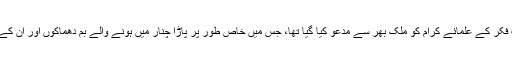
اس اجلاس میں تمام مکاتبِ فکر کے علمائے کرام کو ملک بھر سے مدعو کیا گیا تھا، جس میں خاص طور پر پاڑا چنار میں ہونے والے بم دھماکوں اور اُن کے مضمرات پر غور کیا گیا۔